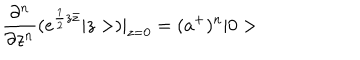
LaTeX: \frac { \partial ^ { n } } { \partial z ^ { n } } ( e ^ { \frac { 1 } { 2 } z \bar { z } } | z > ) | _ { z = 0 } = ( a ^ { + } ) ^ { n } | 0 >